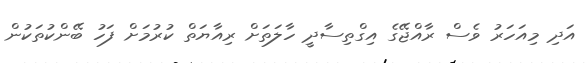
އަދި މިއަހަރު ވެސް ރާއްޖޭގެ އިގްތިސާދީ ހާލަތަށް ރިއާޔަތް ކުރުމަށް ފަހު ބޭންކުތަކުން